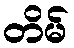
တိမ်